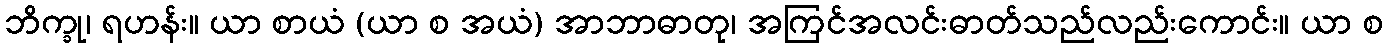
ဘိက္ခု၊ ရဟန်း။ ယာ စာယံ (ယာ စ အယံ) အာဘာဓာတု၊ အကြင်အလင်းဓာတ်သည်လည်းကောင်း။ ယာ စ